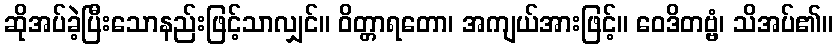
ဆိုအပ်ခဲ့ပြီးသောနည်းဖြင့်သာလျှင်။ ဝိတ္တာရတော၊ အကျယ်အားဖြင့်။ ဝေဒိတဗ္ဗံ၊ သိအပ်၏။